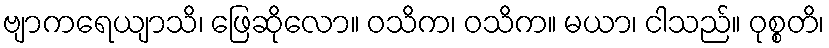
ဗျာကရေယျာသိ၊ ဖြေဆိုလော။ ဝသိက၊ ဝသိက။ မယာ၊ ငါသည်။ ဝုစ္စတိ၊